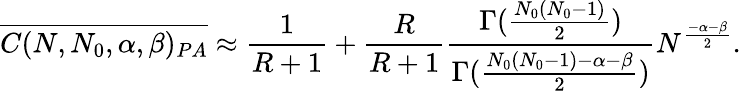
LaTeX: \overline{{C(N,N_{0},\alpha,\beta)_{PA}}}\approx\frac{1}{R+1}+\frac{R}{R+1}\frac{\Gamma(\frac{N_{0}(N_{0}-1)}{2})}{\Gamma(\frac{N_{0}(N_{0}-1)-\alpha-\beta}{2})}N^{\frac{-\alpha-\beta}{2}}.